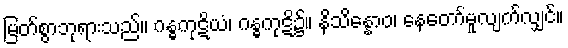
မြတ်စွာဘုရားသည်။ ဂန္ဓကုဋိယံ၊ ဂန္ဓကုဋိ၌။ နိသိန္နောဝ၊ နေတော်မူလျက်လျှင်။